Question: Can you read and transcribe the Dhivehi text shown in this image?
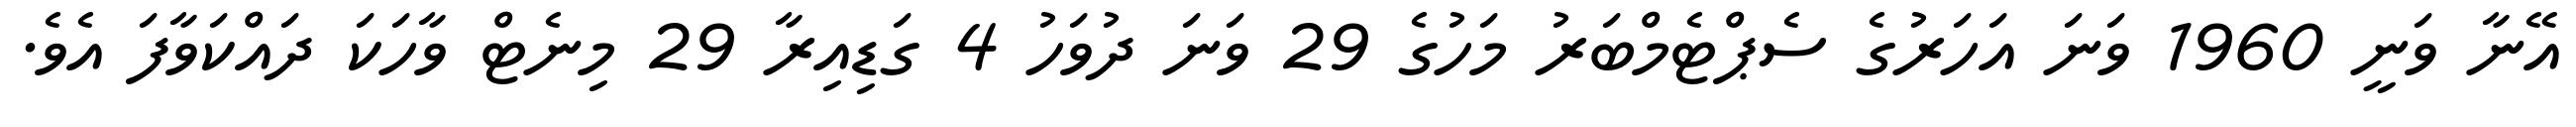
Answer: އޭނާ ވަނީ 1960 ވަނަ އަހަރުގެ ސެޕްޓެމްބަރު މަހުގެ 29 ވަނަ ދުވަހު 4 ގަޑިއިރާ 29 މިނެޓް ވާހަކަ ދައްކަވާފަ އެވެ.